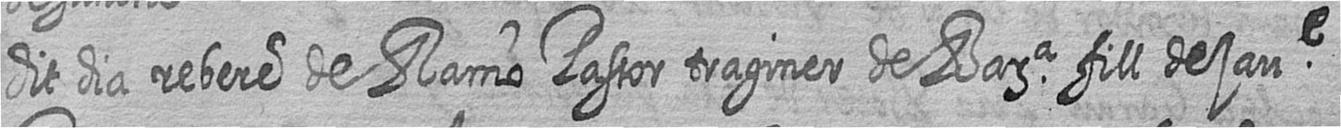
dit dia rebere de Ramo Pastor traginer de Bara fill de jaue